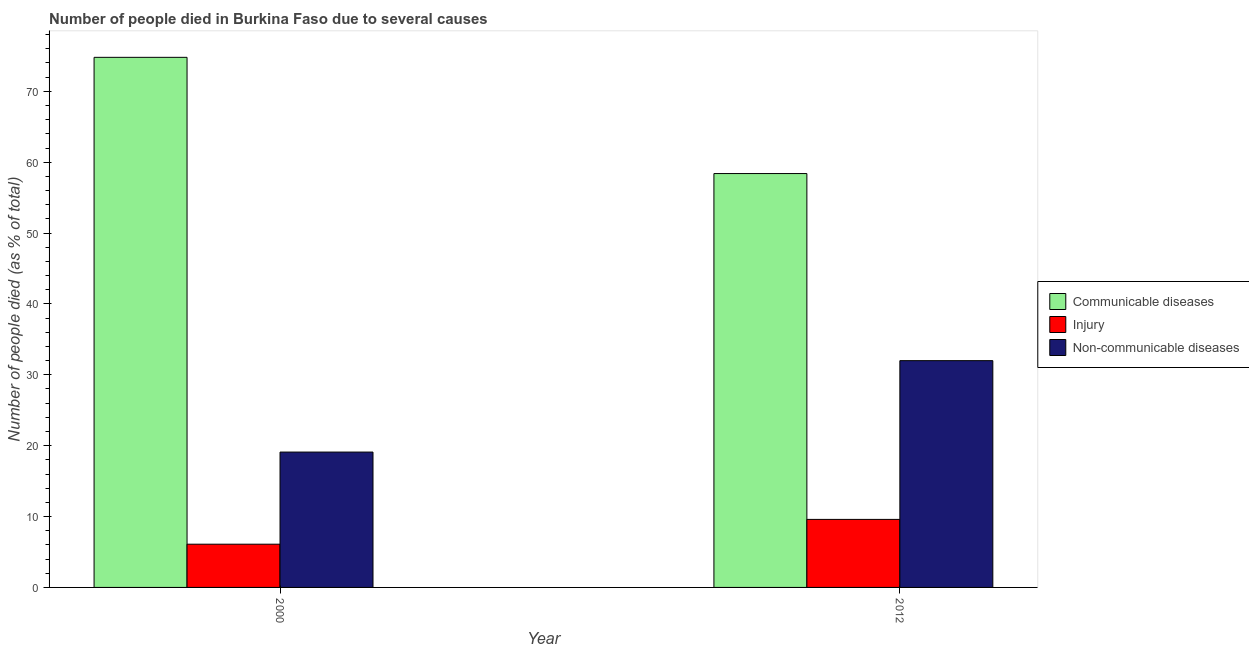
| Year | Communicable diseases | Injury | Non-communicable diseases |
 | --- | --- | --- | --- |
 | 2000 | 74.8 | 6.1 | 19.1 |
 | 2012 | 58.4 | 9.6 | 32 |